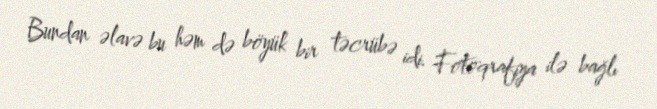
Bundan əlavə bu həm də böyük bir təcrübə idi. Fotoqrafiya ilə bağlı